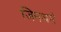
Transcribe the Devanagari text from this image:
जिनधर्म